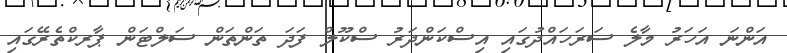
އަންނަ އަހަރު މާލެ ސަރަހައްދުގައި އިސްކަންދަރު ސްކޫލް ފަދަ ތަންތަން ސަލްޓަން ޕާރކްތެރޭގައި